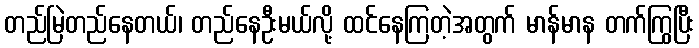
တည်မြဲတည်နေတယ်၊ တည်နေဦးမယ်လို့ ထင်နေကြတဲ့အတွက် မာန်မာန တက်ကြွပြီး